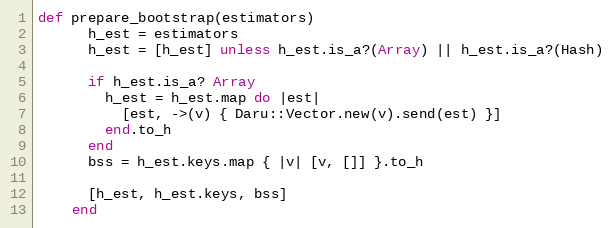
Language: Ruby
def prepare_bootstrap(estimators)
      h_est = estimators
      h_est = [h_est] unless h_est.is_a?(Array) || h_est.is_a?(Hash)

      if h_est.is_a? Array
        h_est = h_est.map do |est|
          [est, ->(v) { Daru::Vector.new(v).send(est) }]
        end.to_h
      end
      bss = h_est.keys.map { |v| [v, []] }.to_h

      [h_est, h_est.keys, bss]
    end